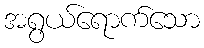
အရွယ်ရောက်သော